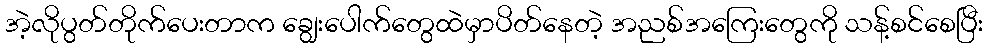
အဲ့လိုပွတ်တိုက်ပေးတာက ချွေးပေါက်တွေထဲမှာပိတ်နေတဲ့ အညစ်အကြေးတွေကို သန့်စင်စေပြီး